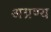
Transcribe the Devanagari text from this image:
अग्रण्य